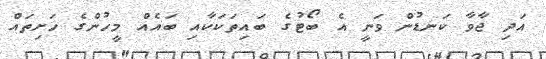
އަދި ޖާވާ ކަނޑުން ވަނީ އެ ބޯޓުގެ ބައިތަކަކާއި ބައެއް މީހުންގެ ހަށިތައް